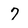
Character: 7